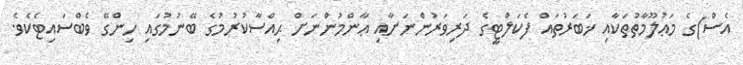
އެސް)ގެ މަޢުލޫމާތުތަކާއި ޚަބަރުތައް ފެކަލްޓީގެ ދަރިވަރުންނަށާއި ޢާންމުންނަށް ޙިއްސާކުރުމުގެ ބޭނުމުގައި ހިންގޭ ވެބްސައިޓެކެވެ.